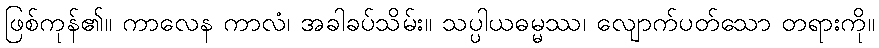
ဖြစ်ကုန်၏။ ကာလေန ကာလံ၊ အခါခပ်သိမ်း။ သပ္ပါယဓမ္မဿ၊ လျောက်ပတ်သော တရားကို။